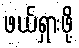
ဖယ်ရှားဖို့